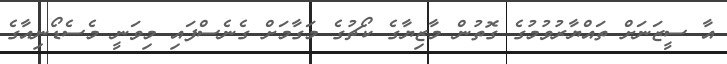
އާ ސީޒަނަށް ތައްޔާރުވުމުގެ ގޮތުން މާޒިޔާގެ ކޯޗުގެ މަގާމަށް ގެނެސްފައި މިވަނީ މެސެޑޯނިއާގެ